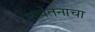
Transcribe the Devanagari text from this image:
अचेतनाचा